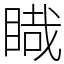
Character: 睵